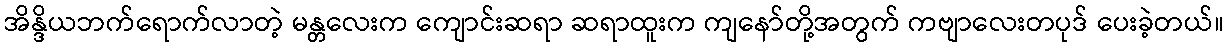
အိန္ဒိယဘက်ရောက်လာတဲ့ မန္တလေးက ကျောင်းဆရာ ဆရာထူးက ကျနော်တို့အတွက် ကဗျာလေးတပုဒ် ပေးခဲ့တယ်။